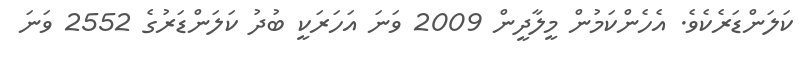
ކަލަންޑަރެކެވެ. އެހެންކަމުން މީލާދީން 2009 ވަނަ އަހަރަކީ ބުދު ކަލަންޑަރުގެ 2552 ވަނަ